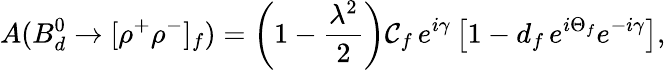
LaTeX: A(B_{d}^{0}\to[\rho^{+}\rho^{-}]_{f})=\left(1-\frac{\lambda^{2}}{2}\right){\cal C}_{f}\, e^{i\gamma}\left[1-d_{f}\, e^{i\Theta_{f}}e^{-i\gamma}\right],